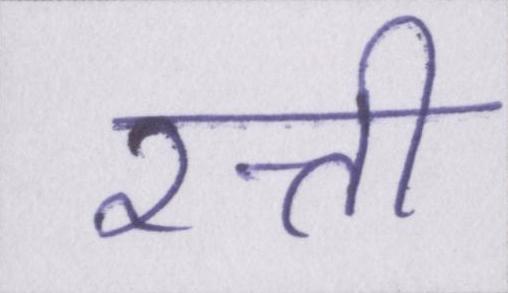
रत्ती